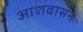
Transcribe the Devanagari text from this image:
आशवासन